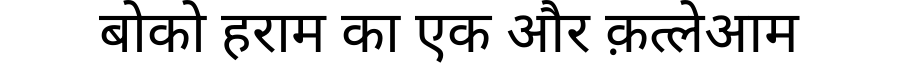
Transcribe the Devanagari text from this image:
बोको हराम का एक और क़त्लेआम